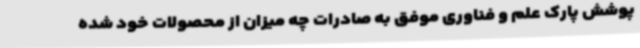
پوشش پارک علم و فناوری موفق به صادرات چه میزان از محصولات خود شده